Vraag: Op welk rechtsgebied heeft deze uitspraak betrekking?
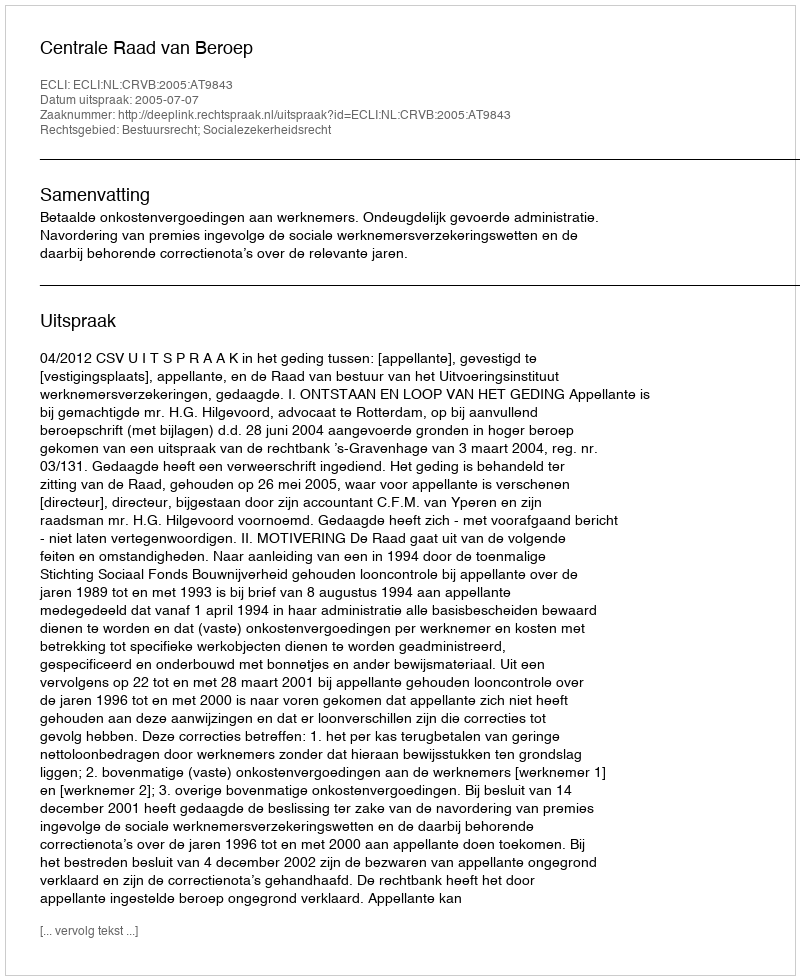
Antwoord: Bestuursrecht; Socialezekerheidsrecht